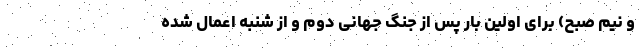
و نیم صبح) برای اولین بار پس از جنگ جهانی دوم و از شنبه اعمال شده